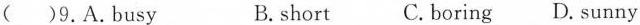
( )9.A.Busy B.short C. boring D. Sunny